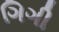
ગિગી